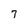
Character: 7